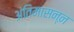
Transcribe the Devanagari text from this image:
अंतिमासन्ऩ